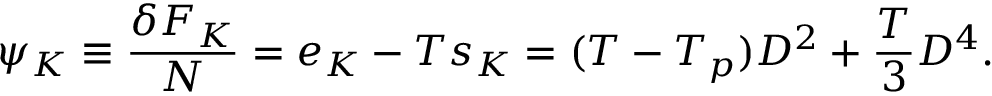
\begin{array} { l } { \displaystyle { \psi _ { K } \equiv \frac { \delta F _ { K } } { N } = e _ { K } - T s _ { K } = ( T - T _ { p } ) D ^ { 2 } + \frac { T } { 3 } D ^ { 4 } . } } \end{array}